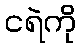
ငရဲကို